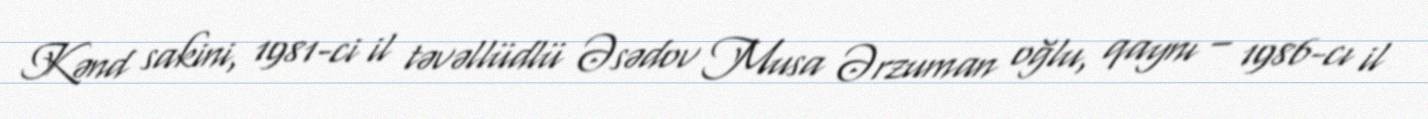
Kənd sakini, 1981-ci il təvəllüdlü Əsədov Musa Ərzuman oğlu, qaynı – 1986-cı il